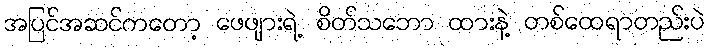
အပြင်အဆင်ကတော့ ဖေဖျားရဲ့ စိတ်သဘော ထားနဲ့ တစ်ထေရာတည်းပဲ